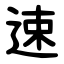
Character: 速